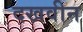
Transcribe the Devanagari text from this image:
दखवीन